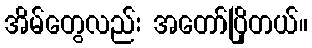
အိမ်တွေလည်း အတော်ပြိုတယ်။